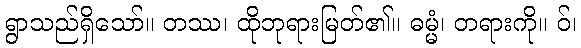
ရွာသည်ရှိသော်။ တဿ၊ ထိုဘုရားမြတ်၏။ ဓမ္မံ၊ တရားကို။ ဝ်၊